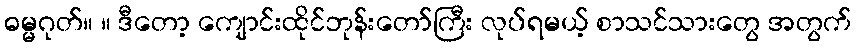
ဓမ္မဂုတ်။ ။ ဒီတော့ ကျောင်းထိုင်ဘုန်းတော်ကြီး လုပ်ရမယ့် စာသင်သားတွေ အတွက်